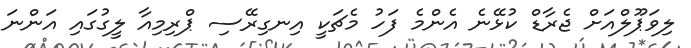
ލިވަޕޫލްއަށް ޖެރާޑް ކުޅޭނެ އެންމެ ފަހު މެޗަކީ އިނގިރޭސި ޕްރިމިއާ ލީގުގައި އަންނަ